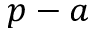
p - a